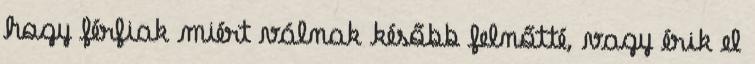
hogy férﬁak miért válnak később felnőtté, vagy érik el